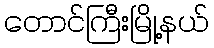
တောင်ကြီးမြို့နယ်